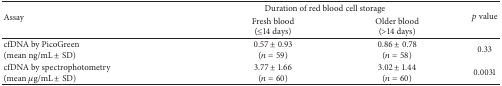
<table><thead><tr><td rowspan="2"><b>Assay</b></td><td colspan="2"><b>Duration of red blood cell storage</b></td><td rowspan="2"><b><i>p</i> value</b></td></tr><tr><td><b>Fresh blood(≤14 days)</b></td><td><b>Older blood(&gt;14 days)</b></td></tr></thead><tbody><tr><td>cfDNA by PicoGreen(mean ng/mL ± SD)</td><td>0.57 ± 0.93(<i>n</i> = 59)</td><td>0.86 ± 0.78(<i>n</i> = 58)</td><td>0.33</td></tr><tr><td>cfDNA by spectrophotometry(mean <i>μ</i>g/mL ± SD)</td><td>3.77 ± 1.66(<i>n</i> = 60)</td><td>3.02 ± 1.44(<i>n</i> = 60)</td><td>0.0031</td></tr></tbody></table>